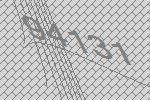
94131